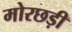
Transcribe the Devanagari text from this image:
मोरछड़ी